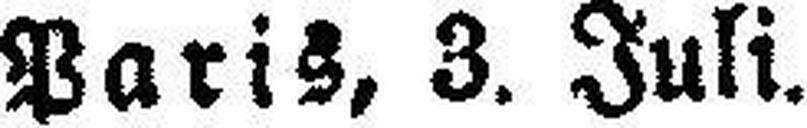
Paris, 3. Juli.